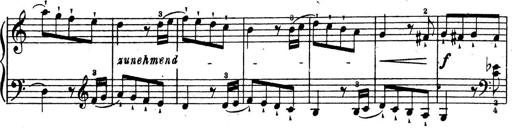
Title: 10 Sonatinas
Composer: Fritz Spindler